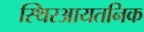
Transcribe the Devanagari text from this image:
स्थिरआयतनिक